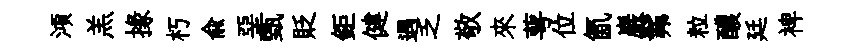
澒羔掾朽俞堊甄貶鉅健遇乏敬來萼位氤巖髴粒醲廷裨